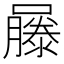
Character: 𡂾